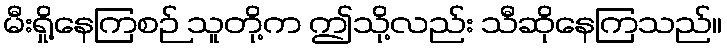
မီးရှို့နေကြစဉ် သူတို့က ဤသို့လည်း သီဆိုနေကြသည်။